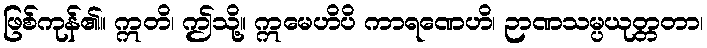
ဖြစ်ကုန်၏။ ဣတိ၊ ဤသို့။ ဣမေဟိပိ ကာရဏေဟိ၊ ဉာဏသမ္ပယုတ္တတာ၊